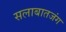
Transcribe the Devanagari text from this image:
सलाबातजंग